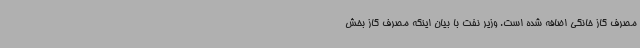
مصرف گاز خانگی اضافه شده است. وزیر نفت با بیان اینکه مصرف گاز بخش